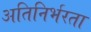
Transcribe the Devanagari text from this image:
अतिनिर्भरता